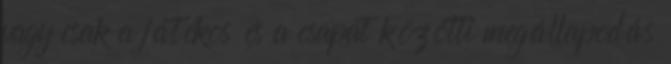
vagy csak a játékos és a csapat közötti megállapodás